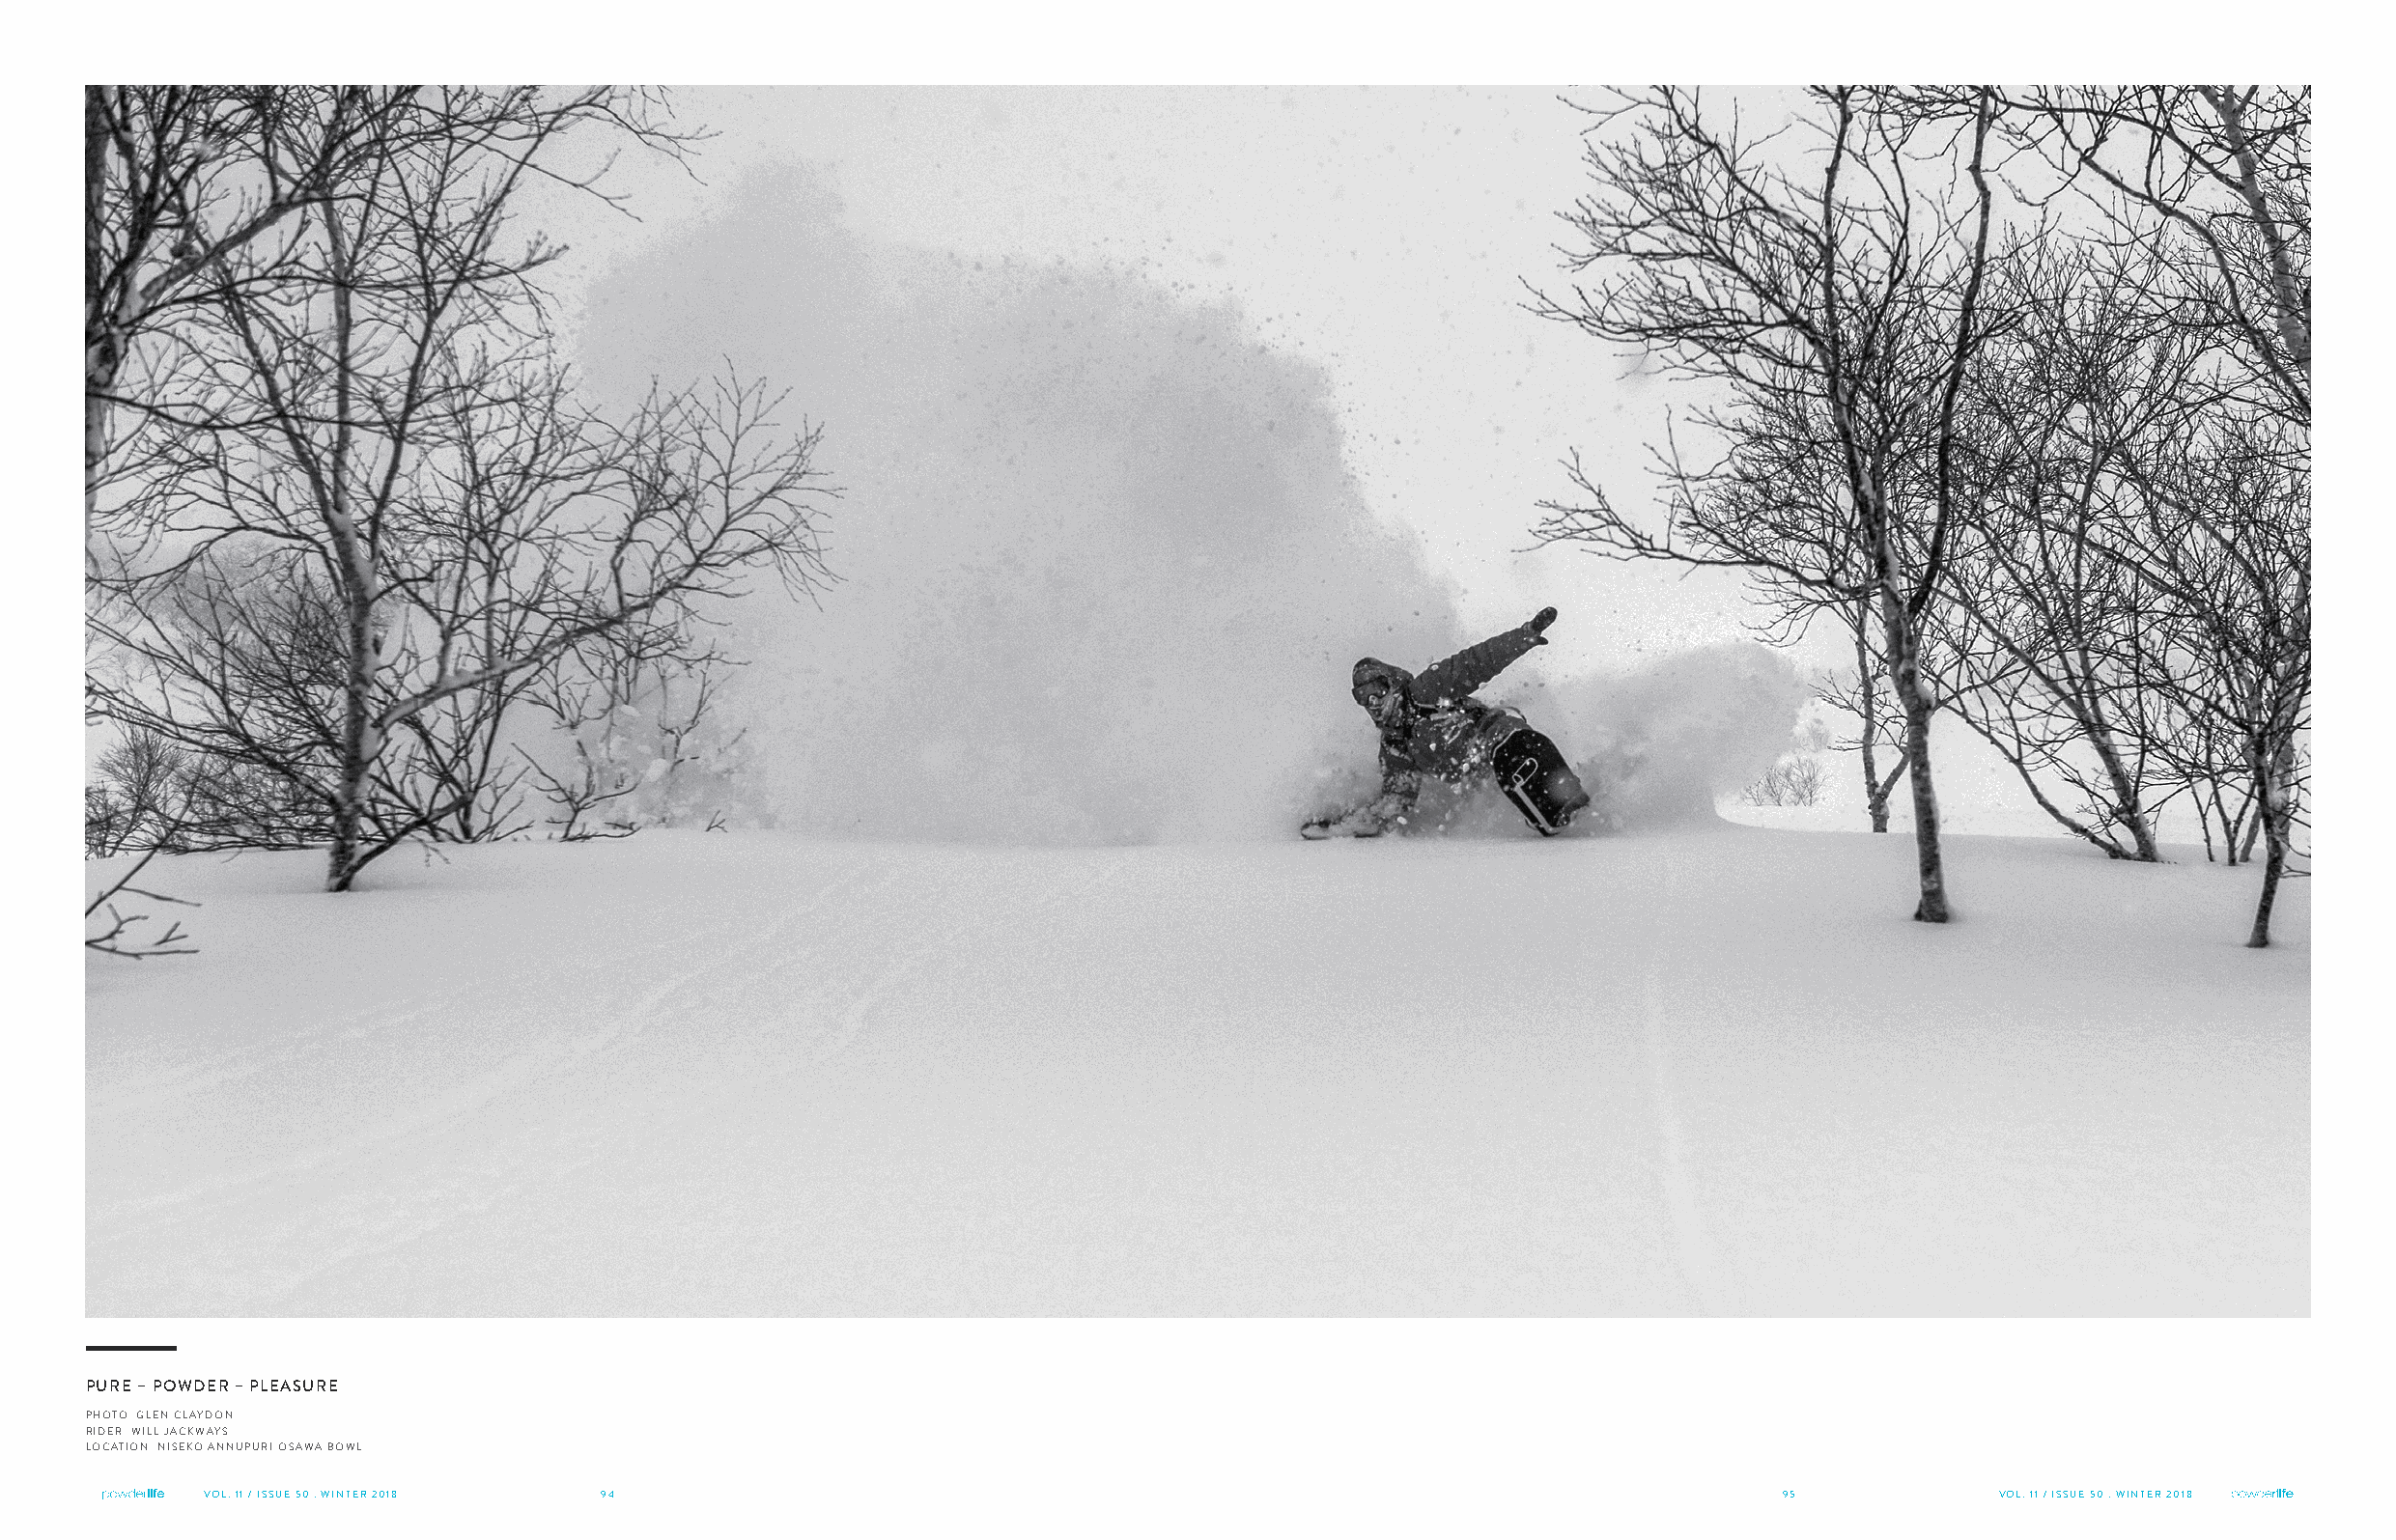
PURE – POWDER – PLEASURE
 PHOTO GLEN CLAYDON
 RIDER WILL JACKWAYS
 LOCATION NISEKO ANNUPURI OSAWA BOWL
 VOL. 11 / ISSUE 50 . WINTER 2018 94                                                                         95             VOL. 11 / ISSUE 50 . WINTER 2018